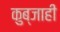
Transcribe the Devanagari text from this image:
कुब्जाही